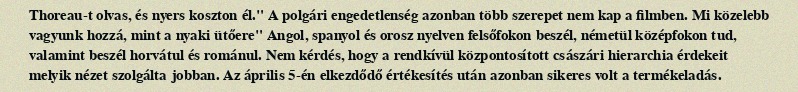
Thoreau-t olvas, és nyers koszton él." A polgári engedetlenség azonban több szerepet nem kap a filmben. Mi közelebb vagyunk hozzá, mint a nyaki ütőere" Angol, spanyol és orosz nyelven felsőfokon beszél, németül középfokon tud, valamint beszél horvátul és románul. Nem kérdés, hogy a rendkívül központosított császári hierarchia érdekeit melyik nézet szolgálta jobban. Az április 5-én elkezdődő értékesítés után azonban sikeres volt a termékeladás.